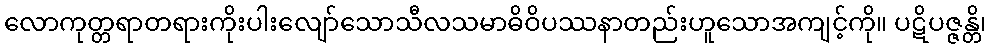
လောကုတ္တရာတရားကိုးပါးလျော်သောသီလသမာဓိဝိပဿနာတည်းဟူသောအကျင့်ကို။ ပဋိပဇ္ဇန္တိ၊